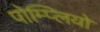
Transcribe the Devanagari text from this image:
पोम्प्लियो